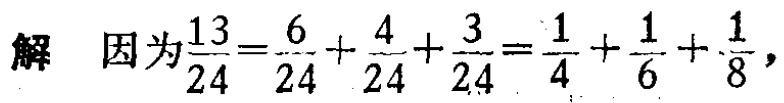
解 因为$\frac{13}{24}=\frac{6}{24}+\frac{4}{24}+\frac{3}{24}=\frac{1}{4}+\frac{1}{6}+\frac{1}{8}$，